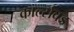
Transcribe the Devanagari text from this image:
कार्ल्सबड